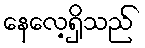
နေလေ့ရှိသည်